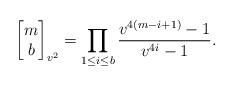
LaTeX: \begin{align*}\begin{bmatrix}m\\b\end{bmatrix}_{v^2}=\prod_{1\leq i\leq b} \frac{v^{4(m-i+1)}-1}{v^{4i}-1}.\end{align*}